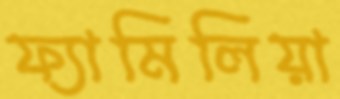
ফ্যামিলিয়া